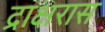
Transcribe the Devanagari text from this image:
द्राक्षरास